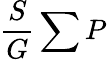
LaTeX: \frac{S}{G}\sum P